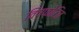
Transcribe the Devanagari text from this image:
विष्फोटित